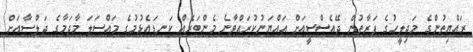
ރައްޔިތުންގެ މަޖިލީހުގެ ފަރާތުން ޖޭއެސްސީއަށް އައްޔަނުކުރައްވާނެ މެންބަރެއް ކަނޑައެޅުމުގެ މައްސަލަ މާދަމާގެ ޖަލްސާއަށް